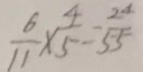
\frac { 6 } { 1 1 } \times \frac { 4 } { 5 } = \frac { 2 4 } { 5 5 }